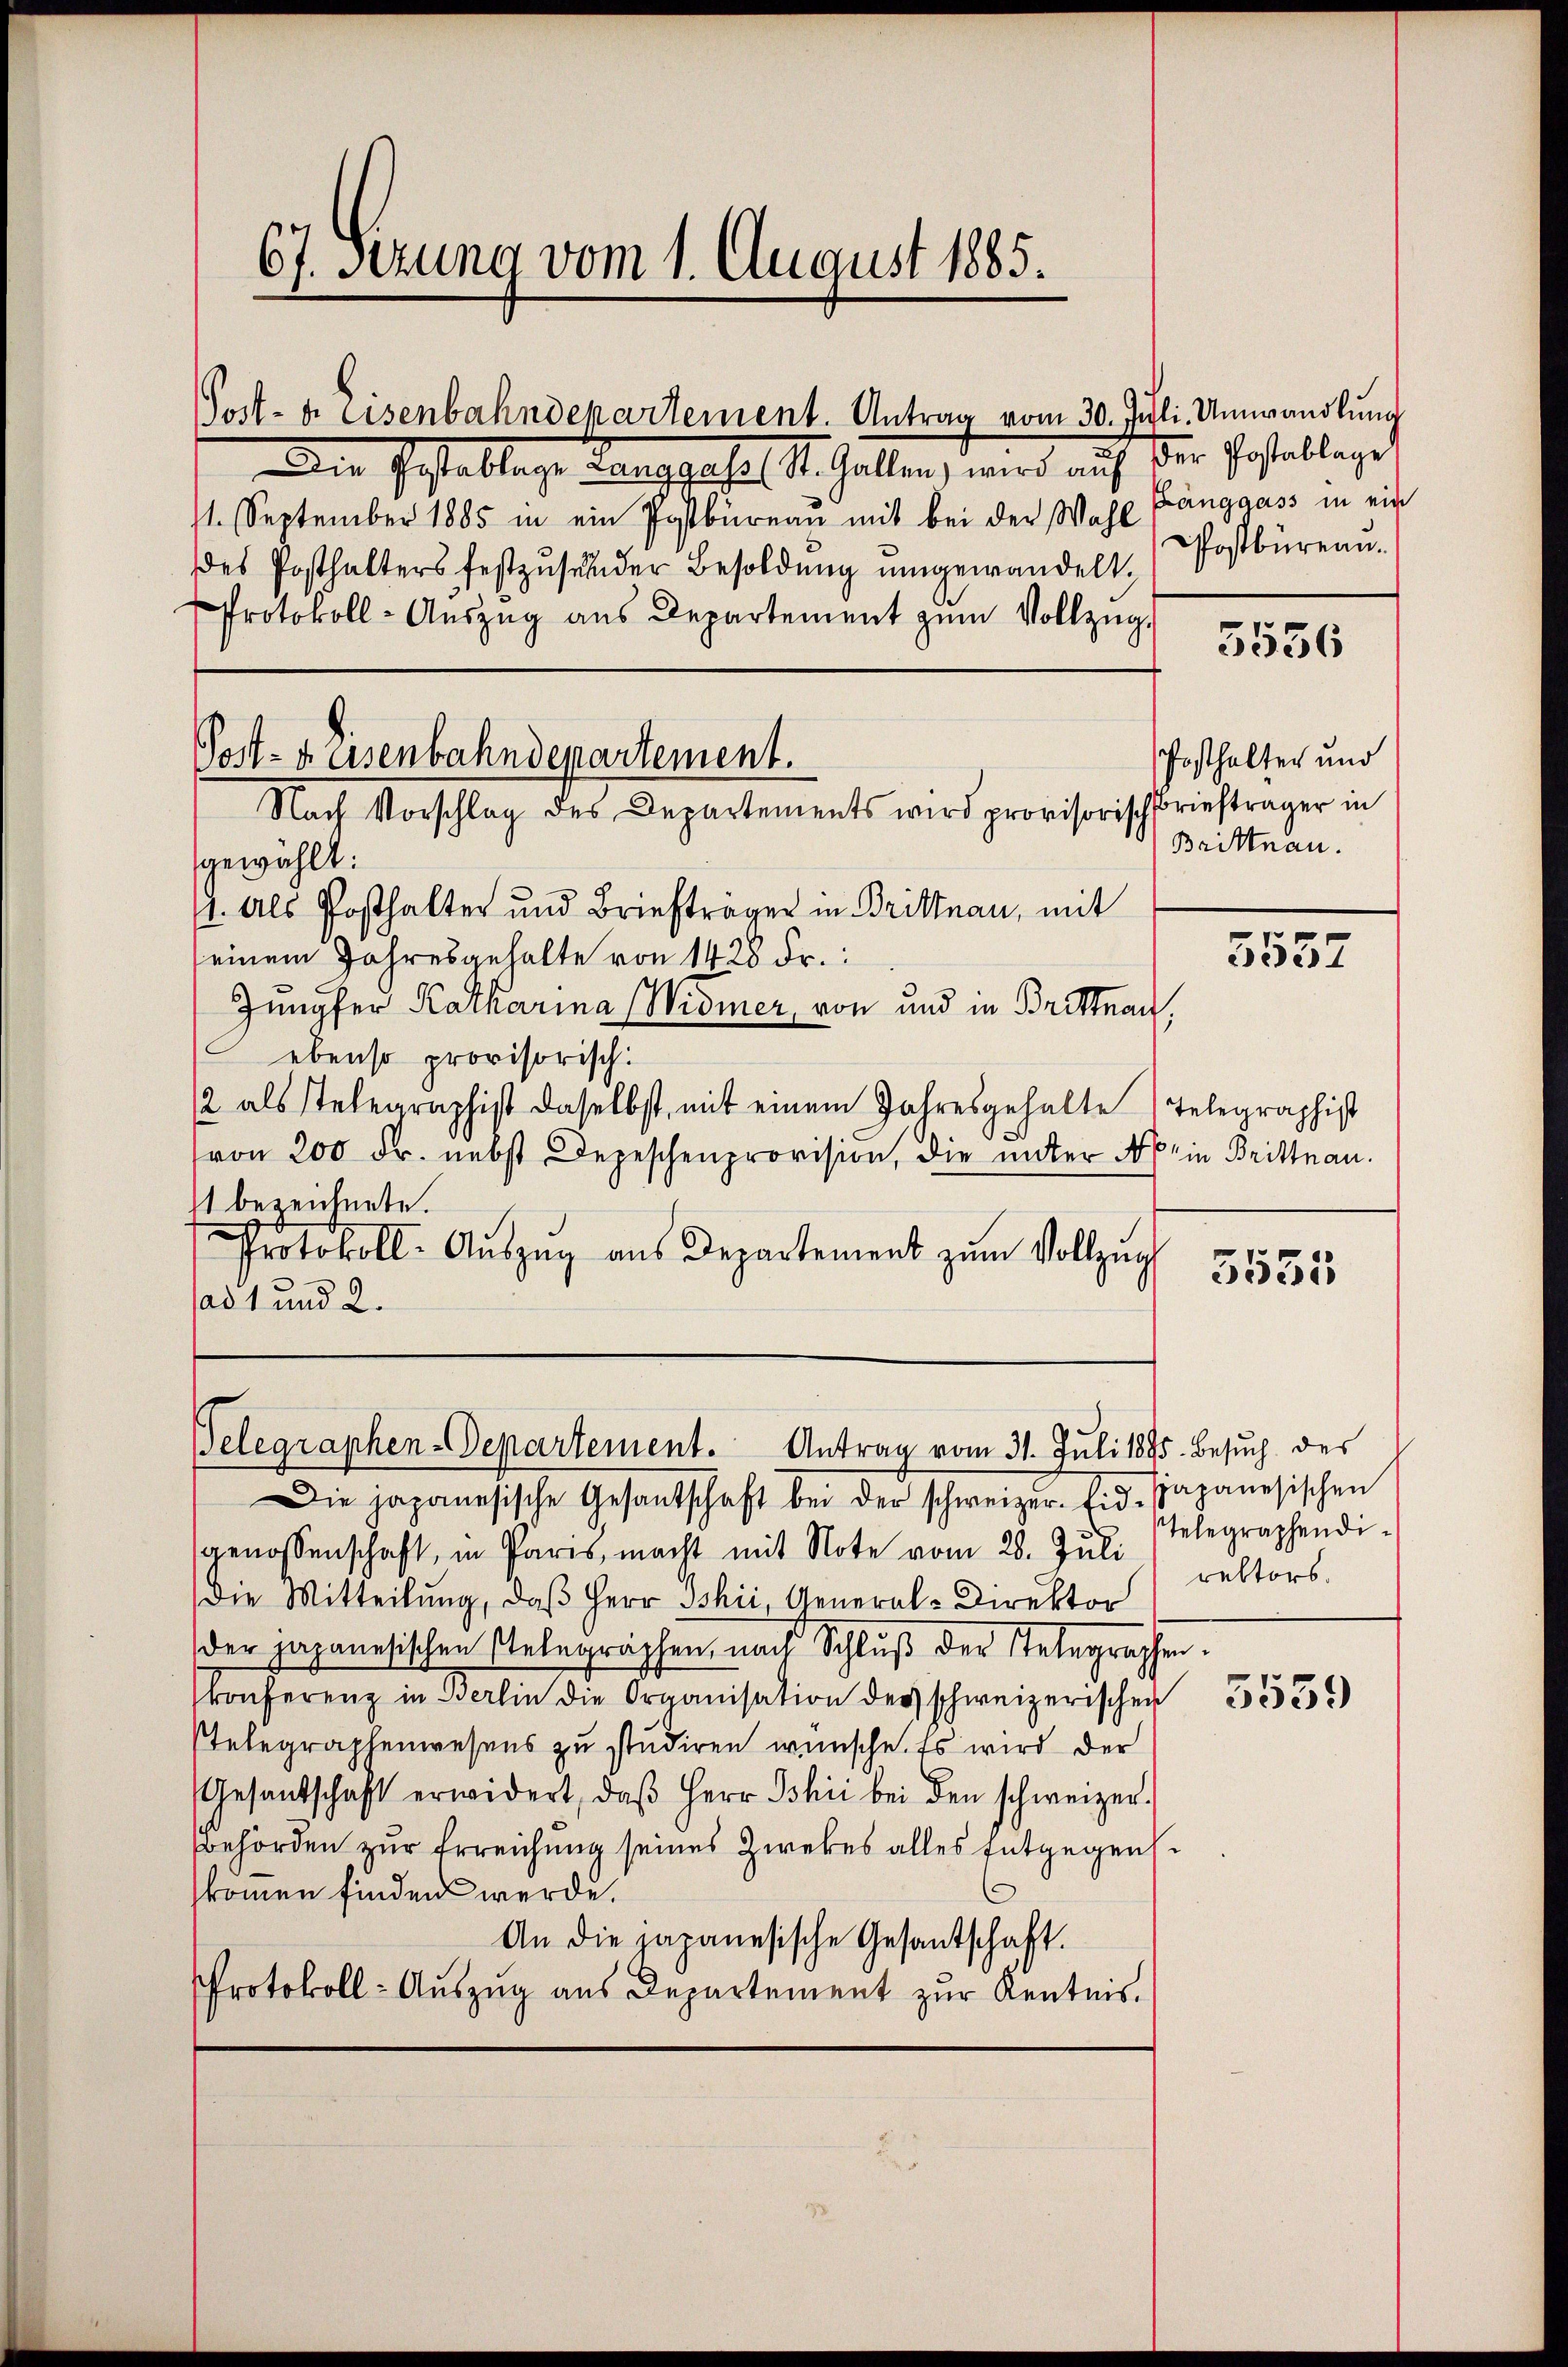
67. Setzung vom 1. August 1885.

Post- u. Eisenbahndepartement. Antrag vom 30. Juli Umwandlung
Die Gestablage unterpache St. Gallen, wird auf der Pestallage
11. September 1885 in ein Postbüreau mit bei der Wahl Postbürenn-
des Posthalters festzusender Besoldung umgewandelt,
Protokoll-Auszug aus Departement zum Vollzug.

Post- u. Eisenbahndepartement.

Nach Vorschlag des Departements wird provisorischbriefträger in
gewählt:
st. Als Posthalter und Briefträger in Brittnau, mit
seinem Jahresgehalte von 1428 Fr.
Jungfer Katharina (Widmer, von und in Brittnau,
ebenso provisorisch.
/2 als Telegraphist daselbst, mit einem Jahresgehalte Telegraphist
(von 200 Fr. nebst Depeschenprovision, die unter Nein Brittnau.
st bezeichnete.
Protokoll-Aŭszŭg aŭs Departement zŭm Vollzug
ad 1 und 2.

Gelegraphen-Departement. Antrag vom 31. Juli 1895. Besŭch des

Die japanesische Gesantschaft bei der schweizer. Eid-papanesischen
genossenschaft, in Paris, macht mit Note vom 28. Juli
Die Mitteilung, daß Herr Ishii General-Direktor
der japanesischen Gelegraphen, nach Schluß der Telegraphen.
konferenz in Berlin die Organisation des schweizerischen
Telegraphenwesens zu studiren wünsche. Es wird der
Gesandschaft erwidert, daβ Herr Ishii bei den schweizer-
Behörden zur Erreichung seines Zwekes alles Entgegens
kommen finden werde.
An die japanesische Gesantschaft.
Protokoll-Auszug aus Departement zur Kenntnis.

Bänggass in ein

3556

Posthalten und
Brittnau.

3557

3555

Telegraphendirektors.

5559